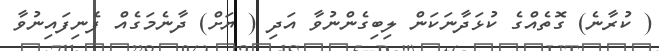
( ކުރާނެ) ގޮތެއްގެ ކުޅަދާނަކަން ލިބިގެންނުވާ އަދި ( ޔަށް) ދާނެމަގެއް ފެނިފައިނުވާ